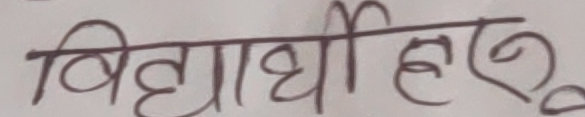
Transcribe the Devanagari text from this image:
विद्यार्थीहरू